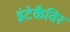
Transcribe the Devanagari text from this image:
इंटेकैविर